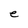
Character: e